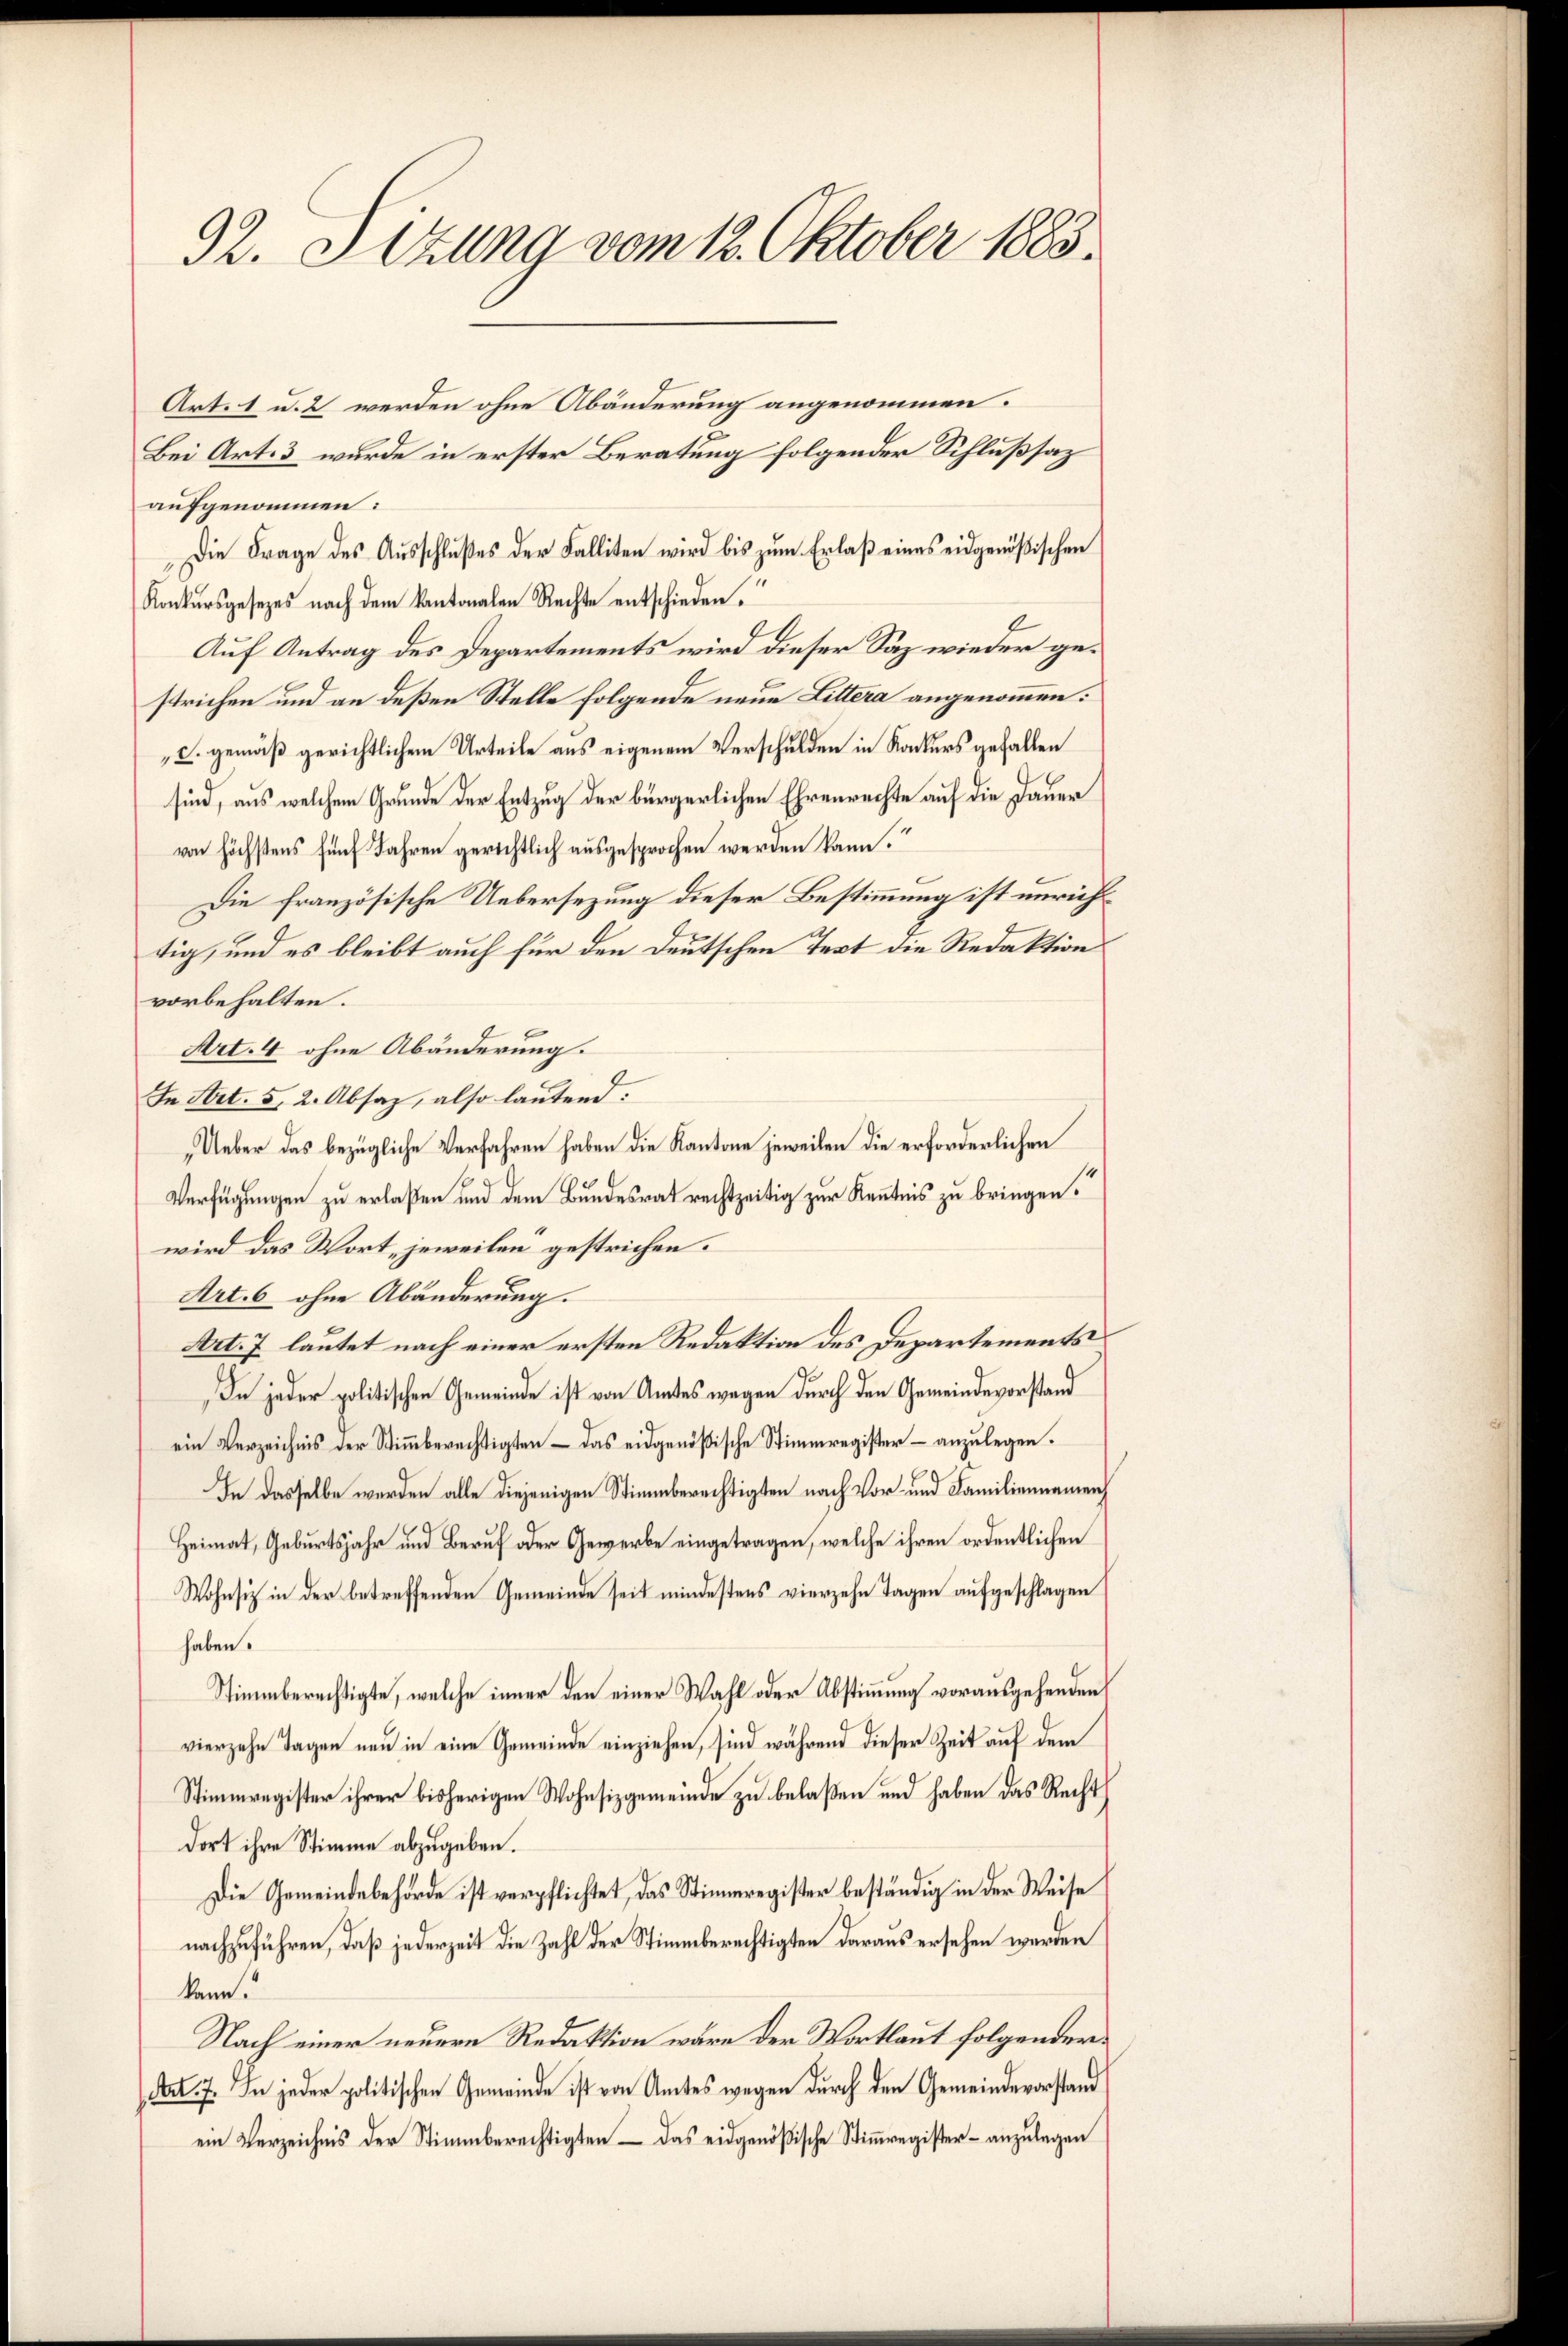
32. Sekung vom 12. Oktober 1883.

Art. 1 u. 2 werden ohne Abänderung angenommen.
Bei Art. 3 wurde in erster Beratung folgender Schlußsaz
aufgenommen:
Die Frage des Ausschlußes der Falliten wird bis zum Erlaß eines eidgenößischen
Konkursgesezes nach dem Kantonalen Rechte entschieden.
Auf Antrag des Departements wird dieser Saz wieder gestrichen und an deßen Stelle folgende neue Littera angenommen:
c. gemäß gerichtlichem Urteile aus eigenem Verschulden in Konkurs gefallen
sind, aus welchem Grunde der Entzug der bürgerlichen Ehrenrechte auf die Dauer
von höchstens fünf Jahren gerichtlich ausgesprochen werden kann.
Die französische Uebersezung dieser Bestimmung ist unrichtig, und es bleibt auch für den Deutschen Text die Redaktion
vorbehalten.
Art. 4 ohne Abänderung.
In Art. 5, 2. Absaz, also lautend.
Ueber das bezügliche Verfahren haben die Kantone jeweilen die erforderlichen
Verfügungen zu erlaßen und dem Bundesrat rechtzeitig zur Kenntnis zu bringen.“
wird das Wort jeweilen gestrichen.
Art. 6 ohne Abänderung.
Art. 7 lautet nach einer ersten Redaktion des Departements
In jeder politischen Gemeinde ist von Amtes wegen durch den Gemeindevorstand
ein Verzeichnis der Stimmberechtigten – das eidgenößische Stimmregister – anzulegen.
In dasselbe werden alle diejenigen Stimmberechtigten nach Vor- und Familiennamen
Heimat, Geburtsjahr und Beruf oder Gewerbe eingetragen, welche ihren ordentlichen
Wohnsiz in der betreffenden Gemeinde seit mindestens vierzehn Tagen aufgeschlagen
haben.
Stimmberechtigte, welche immer den einer Wahl oder Abstimmung vorausgehenden
vierzehn Tagen neu in eine Gemeinde einziehen, sind während dieser Zeit auf dem
Stimmregister ihrer bisherigen Wohnsizgemeinde zu belaßen und haben das Recht
dort ihre Stimme abzugeben.
Die Gemeindebehörde ist verpflichtet, das Stimmregister beständig in der Weise
nachzuführen, daß jederzeit die Zahl der Stimmberechtigten daraus ersehen werden
kann.
Nach einer neuere Redaktion wäre der Wortlaut folgender
Art. 7. In jeder politischen Gemeinde ist von Amtes wegen durch den Gemeindevorstand
ein Verzeichnis der Stimmberechtigten – das eidgenößische Stimmregister - anzulegen